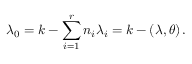
\lambda _ { 0 } = k - \sum _ { i = 1 } ^ { r } n _ { i } \lambda _ { i } = k - ( \lambda , \theta ) \, .